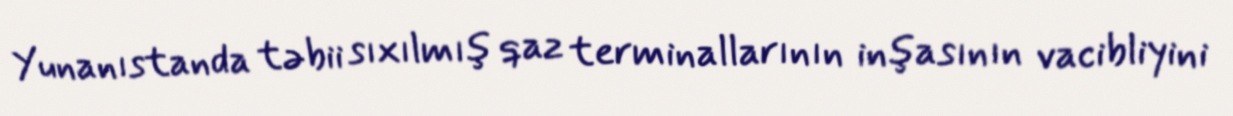
Yunanıstanda təbii sıxılmış qaz terminallarının inşasının vacibliyini